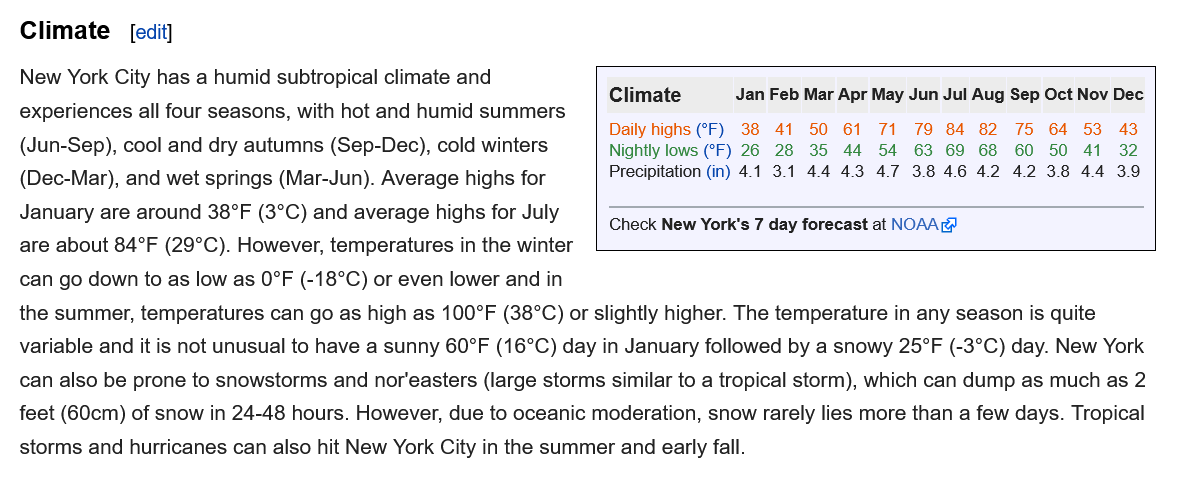
Climate   [edit]
  New York City has a humid subtropical climate and
  experiences all four seasons, with hot and humid summers
  (Jun-Sep), cool and dry autumns (Sep-Dec), cold winters
  (Dec-Mar), and wet springs (Mar-Jun). Average highs for
  January are around 38°F (3°C) and average highs for July
  are about 84°F (29°C). However, temperatures in the winter
  can go down to as low as 0°F (-18°C) or even lower and in

     Climate    Jan Feb Mar Apr May Jun Jul Aug Sep Oct Nov Dec
     Daily highs (°F) 38 41 50 61 71 79 84 82 75 64 53 43
     Nightly lows (°F) 26 28 35 44 54 63 69 68 60 50 41 32
     Precipitation (in) 4.1 3.1 44 43 47 384642 42 38 44 39
     Check New York's 7 day forecast at NOAA@

  the summer, temperatures can go as high as 100°F (38°C) or slightly higher. The temperature in any season is quite
  variable and it is not unusual to have a sunny 60°F (16°C) day in January followed by a snowy 25°F (-3°C) day. New York
  can also be prone to snowstorms and nor'easters (large storms similar to a tropical storm), which can dump as much as 2
  feet (60cm) of snow in 24-48 hours. However, due to oceanic moderation, snow rarely lies more than a few days. Tropical
  storms and hurricanes can also hit New York City in the summer and early fall.
     Climate    Jan Feb Mar Apr May Jul Aug Sep Oct Dec
     Daily highs (°F)
     Nightly lows (°F)
     Precipitation (in)
     AL 50    79    82 75
     26 23    59    39
     4.1   44    Al    A2Q   3.8
     Check New York's 7 day forecast at NOAA®